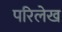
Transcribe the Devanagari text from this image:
परिलेख